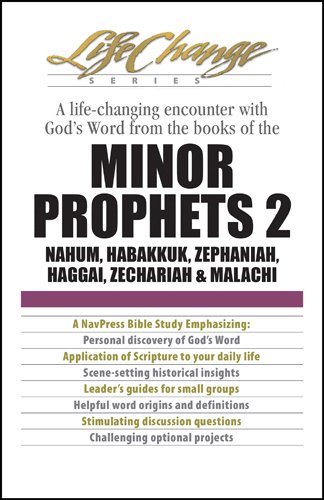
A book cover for Minor Prophets 2 (LifeChange); Christian Books & Bibles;